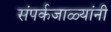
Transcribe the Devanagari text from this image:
संपर्कजाळ्यांनी